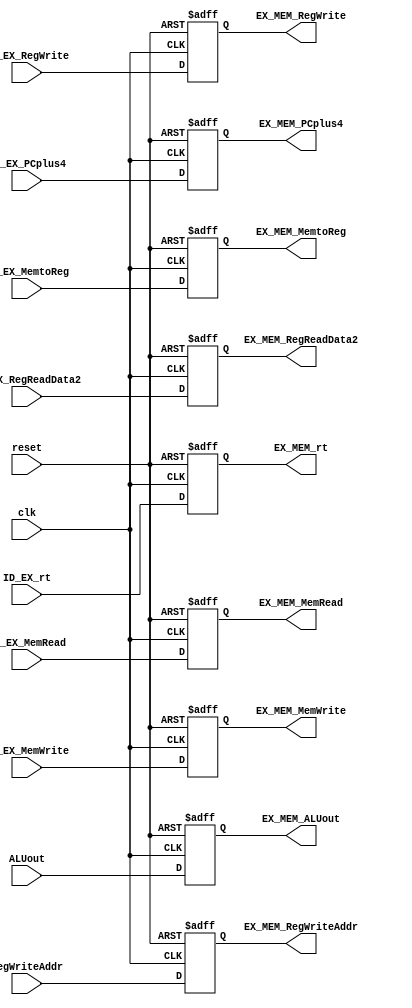
`timescale 1ns / 1ps
module EX_MEM(
    input wire reset,
    input wire clk,
    input wire ID_EX_RegWrite,
    input wire [1:0] ID_EX_MemtoReg,
    input wire ID_EX_MemRead,
    input wire ID_EX_MemWrite,
    input wire [4:0] ID_EX_rt,
    input wire [31:0] ID_EX_PCplus4,
    input wire [31:0] ID_EX_RegReadData2,
    input wire [31:0] ALUout,
    input wire [4:0] RegWriteAddr,
    output reg EX_MEM_RegWrite,
    output reg [1:0] EX_MEM_MemtoReg,
    output reg EX_MEM_MemRead,
    output reg EX_MEM_MemWrite,
    output reg [4:0] EX_MEM_rt,
    output reg [31:0] EX_MEM_PCplus4,
    output reg [31:0] EX_MEM_RegReadData2,
    output reg [31:0] EX_MEM_ALUout,
    output reg [4:0] EX_MEM_RegWriteAddr
);

    initial begin
        EX_MEM_RegWrite <= 1'b0;
        EX_MEM_MemtoReg <= 2'b0;
        EX_MEM_MemRead <= 1'b0;
        EX_MEM_MemWrite <= 1'b0;
        EX_MEM_rt <= 5'b0;
        EX_MEM_PCplus4 <= 32'b0;
        EX_MEM_RegReadData2 <= 32'b0;
        EX_MEM_ALUout <= 32'b0;
        EX_MEM_RegWriteAddr <= 5'b0;
    end

    always @(posedge clk or posedge reset) begin
        if(reset) begin
            EX_MEM_RegWrite <= 1'b0;
            EX_MEM_MemtoReg <= 2'b00;
            EX_MEM_MemRead <= 1'b0;
            EX_MEM_MemWrite <= 1'b0;
            EX_MEM_rt <= 5'b00000;
            EX_MEM_PCplus4 <= 32'h00000000;
            EX_MEM_RegReadData2 <= 32'h00000000;
            EX_MEM_ALUout <= 32'h00000000;
            EX_MEM_RegWriteAddr <= 5'b00000;
        end
        else begin
            EX_MEM_RegWrite <= ID_EX_RegWrite;
            EX_MEM_MemtoReg <= ID_EX_MemtoReg;
            EX_MEM_MemRead <= ID_EX_MemRead;
            EX_MEM_MemWrite <= ID_EX_MemWrite;
            EX_MEM_rt <= ID_EX_rt;
            EX_MEM_PCplus4 <= ID_EX_PCplus4;
            EX_MEM_RegReadData2 <= ID_EX_RegReadData2;
            EX_MEM_ALUout <= ALUout;
            EX_MEM_RegWriteAddr <= RegWriteAddr;
        end
    end

endmodule